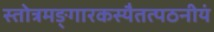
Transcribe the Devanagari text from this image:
स्तोत्रमङ्गारकस्यैतत्पठनीयं